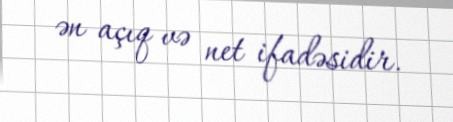
ən açıq və net ifadəsidir.